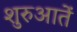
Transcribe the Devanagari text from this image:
शुरुआतें